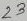
Text: 19